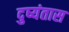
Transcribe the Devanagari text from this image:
दुष्यंतास